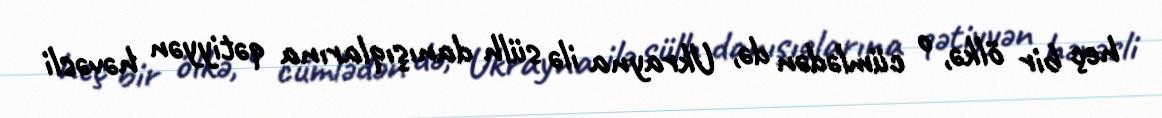
heç bir ölkə, o cümlədən də, Ukrayna ilə sülh danışıqlarına qətiyyən həvəsli